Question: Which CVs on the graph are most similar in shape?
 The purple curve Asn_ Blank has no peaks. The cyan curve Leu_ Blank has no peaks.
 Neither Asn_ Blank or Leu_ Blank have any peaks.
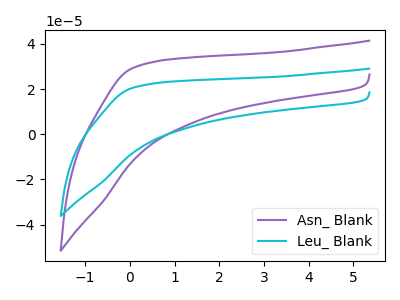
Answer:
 <answer>"Asn_ Blank" and "Leu_ Blank" have the same shape and are likely CV's of the same chemical.</answer>
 <eval>"Asn_ Blank" "Leu_ Blank"</eval>